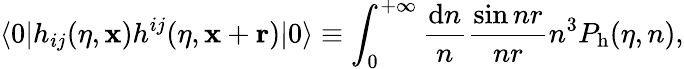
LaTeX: \langle 0\vert h_{ij}(\eta,{\mathbf x})h^{ij}(\eta,{\mathbf x}+{\mathbf r})\vert 0\rangle\equiv\int_{0}^{+\infty}\frac{\mathrm{d}n}{n}\frac{\sin nr}{nr}n^{3}P_{\mathrm{h}}(\eta,n),